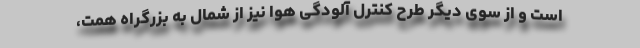
است و از سوی دیگر طرح کنترل آلودگی هوا نیز از شمال به بزرگراه همت،